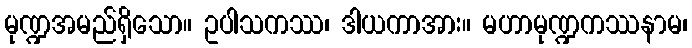
မုဏ္ဍအမည်ရှိသော။ ဥပါသကဿ၊ ဒါယကာအား။ မဟာမုဏ္ဍကဿနာမ၊